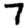
Digit: 7